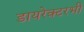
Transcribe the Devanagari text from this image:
डायरेक्टरभी